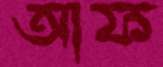
আফ